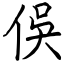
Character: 俁